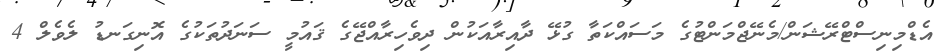
އެޑްމިނިސްޓްރޭޝަން/މެނޭޖްމަންޓުގެ މަސައްކަތާ ގުޅޭ ދާއިރާއަކުން ދިވެހިރާއްޖޭގެ ޤައުމީ ސަނަދުތަކުގެ އޮނިގަނޑު ލެވެލް 4